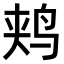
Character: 𫛥